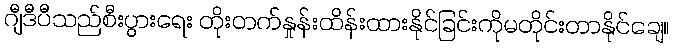
ဂျီဒီပီသည်စီးပွားရေး တိုးတက်နှုန်းထိန်းထားနိုင်ခြင်းကိုမတိုင်းတာနိုင်ချေ။